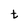
Character: t